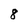
Character: 8